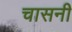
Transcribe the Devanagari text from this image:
चासनी